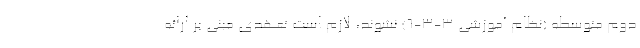
دوم متوسطه (نظام آموزشی ۳-۳-۶) نشوند، لازم است تعهدی مبنی بر ارائه